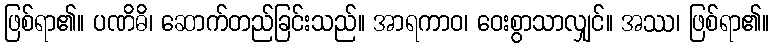
ဖြစ်ရာ၏။ ပဏိဓိ၊ ဆောက်တည်ခြင်းသည်။ အာရကာဝ၊ ဝေးစွာသာလျှင်။ အဿ၊ ဖြစ်ရာ၏။